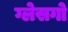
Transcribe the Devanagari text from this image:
ग्लेसगो